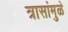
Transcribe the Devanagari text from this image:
त्रासांमुळे